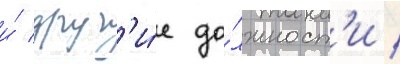
и́ друг'и́е до́лжност'и /